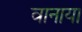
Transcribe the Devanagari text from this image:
वानाया